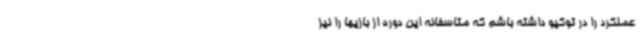
عملکرد را در توکیو داشته باشم که متاسفانه این دوره از بازیها را نیز